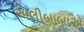
અલીબાબાએ